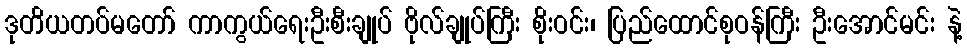
ဒုတိယတပ်မတော် ကာကွယ်ရေးဦးစီးချုပ် ဗိုလ်ချုပ်ကြီး စိုးဝင်း၊ ပြည်ထောင်စုဝန်ကြီး ဦးအောင်မင်း နဲ့